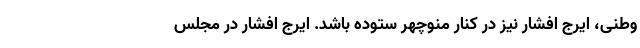
وطنی، ایرج افشار نیز در کنار منوچهر ستوده باشد. ایرج افشار در مجلسِ